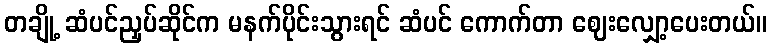
တချို့ ဆံပင်ညှပ်ဆိုင်က မနက်ပိုင်းသွားရင် ဆံပင် ကောက်တာ ဈေးလျှော့ပေးတယ်။